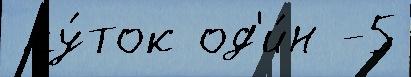
 су́ток од'и́н -5